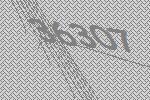
36307